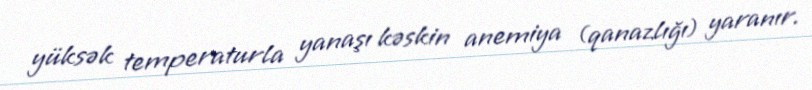
yüksək temperaturla yanaşı kəskin anemiya (qanazlığı) yaranır.